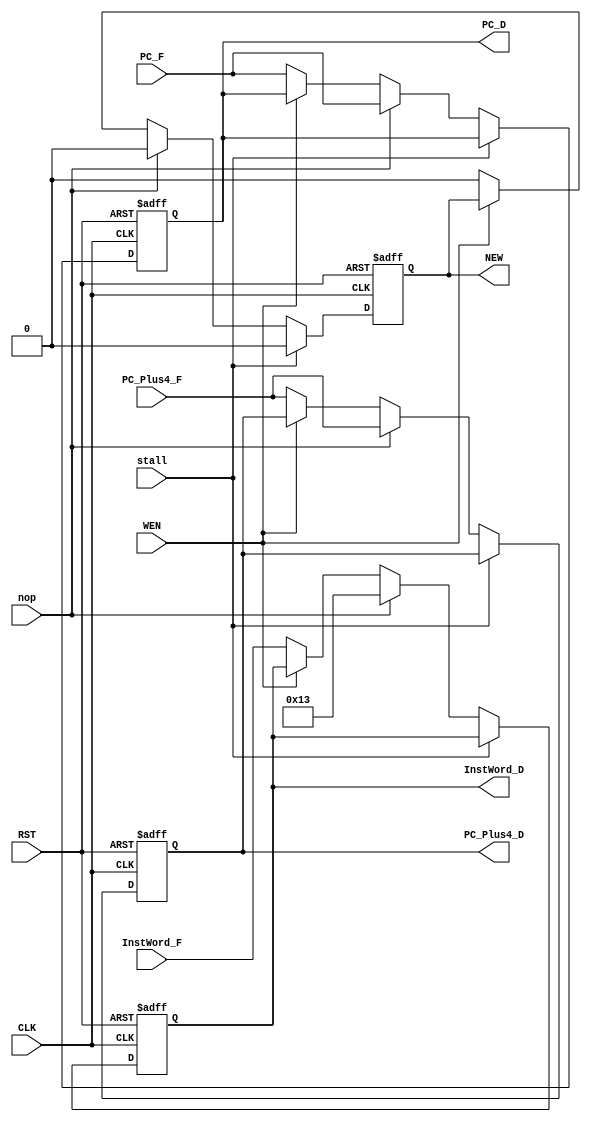
`define ALU_A_REG 1'b0
`define ALU_B_IMM 1'b1
`define WB_ALU 2'b00
`define I_IMM 3'b001


// custom pipeline registers
// designed specifically to carry needed info between pipeline stages
module IF_ID_data_reg(WEN, CLK, RST, NEW, stall,
                        InstWord_F, InstWord_D, PC_F, PC_D, 
                        PC_Plus4_F, PC_Plus4_D, nop);
    input WEN, CLK, RST;
    output reg NEW;
    input [31:0] InstWord_F;
    output reg [31:0] InstWord_D;
    input [31:0] PC_F;
    output reg [31:0] PC_D;
    input [31:0] PC_Plus4_F;
    output reg [31:0] PC_Plus4_D;

    input stall;
    input nop;

    always @ (negedge CLK or negedge RST)
        if (!RST) begin
            // set all out vals to 0
            InstWord_D <= 32'b0;
            PC_D <= 32'b0;
            PC_Plus4_D <= 32'b0;
            // if just reset, this program is NEW
            NEW <= 1'b1;
        end else if (stall) begin
            // maintain the same signal but with "stalled" output
            InstWord_D <= InstWord_D;
            PC_D <= PC_D;
            PC_Plus4_D <= PC_Plus4_D;
            NEW <= 1'b0;
        end else if (nop) begin
            // set value to nop
            InstWord_D <= 32'h13;
            PC_D <= PC_F;
            PC_Plus4_D <= PC_Plus4_F;
            // not reset, not new
            NEW <= 1'b0;
        end
        else if (!WEN) begin
            // set all out vals to in vals
            InstWord_D <= InstWord_F;
            PC_D <= PC_F;
            PC_Plus4_D <= PC_Plus4_F;
            // if not just reset, this program is not NEW
            NEW <= 1'b0;
        end 
endmodule

module ID_EX_data_reg(WEN, CLK, RST, InstWord_D, InstWord_E, PC_D, PC_E, PC_Plus4_D, PC_Plus4_E, 
                        RegAData_D, RegAData_E, RegBData_D, RegBData_E, 
                        
                        Immediate_D, Immediate_E,
                        
                        Rdst_D, Rdst_E,
                        stall, nop);
    input WEN, CLK, RST;

    input [31:0] Immediate_D;
    output reg [31:0] Immediate_E;

    input [31:0] InstWord_D, PC_D, PC_Plus4_D;
    output reg [31:0] InstWord_E, PC_E, PC_Plus4_E;
    input [31:0] RegAData_D, RegBData_D;
    output reg [31:0] RegAData_E, RegBData_E;
    input [4:0] Rdst_D;
    output reg [4:0] Rdst_E;

    input nop, stall;

    always @ (negedge CLK or negedge RST)
        if (!RST) begin
            // set all vals to 0
            InstWord_E <= 32'b0;
            PC_E <= 32'b0;
            PC_Plus4_E <= 32'b0;
            RegAData_E <= 32'b0;
            RegBData_E <= 32'b0;
            Rdst_E <= 5'b0;

            Immediate_E <= 32'b0;

        end else if (stall) begin
            // maintain the same signal but with "stalled" output
            InstWord_E <= InstWord_E;
            PC_E <= PC_E;
            PC_Plus4_E <= PC_Plus4_E;
            RegAData_E <= RegAData_E;
            RegBData_E <= RegBData_E;
            Rdst_E <= Rdst_E;

            Immediate_E <= Immediate_E;

        end else if (nop) begin
            // set value to nop
            InstWord_E <= 32'h13;
            PC_E <= PC_D;
            PC_Plus4_E <= PC_Plus4_D;
            RegAData_E <= 32'b0;
            RegBData_E <= 32'b0;
            Rdst_E <= 5'b0; 

            Immediate_E <= 32'b0;

        end
        else if (!WEN) begin
            // write all in values to outs
            InstWord_E <= InstWord_D;
            PC_E <= PC_D;
            PC_Plus4_E <= PC_Plus4_D;
            RegAData_E <= RegAData_D;
            RegBData_E <= RegBData_D;
            Rdst_E <= Rdst_D;

            Immediate_E <= Immediate_D;
            
        end
endmodule

module ID_EX_ctrl_reg(WEN, CLK, RST, ALUsrcA_D, ALUsrcB_D, WBSel_D, ImmSel_D, 
                        MemWrEn_D, RegWrEn_D, LoadType_D, MemSize_D, 
                        ALUsrcA_E, ALUsrcB_E, WBSel_E, ImmSel_E, 
                        MemWrEn_E, RegWrEn_E, LoadType_E, MemSize_E,
                        halt_D, halt_E,
                        NEW_IN, NEW_OUT,
                        nop, stall);
    input WEN, CLK, RST; 
    input ALUsrcA_D, ALUsrcB_D;
    output reg ALUsrcA_E, ALUsrcB_E;
    input MemWrEn_D, RegWrEn_D;
    output reg MemWrEn_E, RegWrEn_E;
    input [1:0] WBSel_D, MemSize_D;
    output reg [1:0] WBSel_E, MemSize_E;
    input [2:0] ImmSel_D, LoadType_D;
    output reg [2:0] ImmSel_E, LoadType_E;
    input halt_D;
    output reg halt_E;
    input NEW_IN;
    output reg NEW_OUT;

    input nop, stall;

    always @ (negedge CLK or negedge RST)
        if(!RST) begin
            // set all vals to 0
            ALUsrcA_E <= 1'b0;
            ALUsrcB_E <= 1'b0;
            WBSel_E <= 2'b0;
            ImmSel_E <= 3'b0;
            MemWrEn_E <= 1'b0;
            RegWrEn_E <= 1'b0;
            LoadType_E <= 3'b0;
            MemSize_E <= 2'b0;
            halt_E <= 1'b0;
            // if just reset, this program is NEW
            NEW_OUT <= 1'b1;
        end else if (stall) begin
            // maintain the same signal but with "stalled" output
            ALUsrcA_E <= ALUsrcA_E;
            ALUsrcB_E <= ALUsrcB_E; 
            WBSel_E <= WBSel_E;
            ImmSel_E <= ImmSel_E;
            MemWrEn_E <= MemWrEn_E;
            RegWrEn_E <= RegWrEn_E;
            LoadType_E <= LoadType_E;
            MemSize_E <= MemSize_E;
            halt_E <= halt_E;
            NEW_OUT <= NEW_IN;
        end else if (nop) begin
            // set value to nop
            ALUsrcA_E <= `ALU_A_REG; // 0 cause add
            ALUsrcB_E <= `ALU_B_IMM; // imm cause addi
            WBSel_E <= `WB_ALU;
            ImmSel_E <= `I_IMM;
            MemWrEn_E <= 1'b1;
            RegWrEn_E <= 1'b1;
            LoadType_E <= LoadType_D;
            MemSize_E <= MemSize_D;
            halt_E <= 1'b0;
            // if not just reset, this program is not NEW
            NEW_OUT <= NEW_IN;
        end else if (!WEN) begin
            // write all in values to outs
            ALUsrcA_E <= ALUsrcA_D;
            ALUsrcB_E <= ALUsrcB_D;
            WBSel_E <= WBSel_D;
            ImmSel_E <= ImmSel_D;
            MemWrEn_E <= MemWrEn_D;
            RegWrEn_E <= RegWrEn_D;
            LoadType_E <= LoadType_D;
            MemSize_E <= MemSize_D;
            halt_E <= halt_D;
            // if not just reset, this program is not NEW
            NEW_OUT <= NEW_IN;
        end
endmodule

module EX_MEM_data_reg(WEN, CLK, RST, NEW, ALUresult_E, RegBData_E, Immediate_E, PC_Plus4_E, Rdst_E, InstWord_E,
                        ALUresult_M, RegBData_M, Immediate_M, PC_Plus4_M, Rdst_M, InstWord_M,
                        nop);
    input WEN, CLK, RST;
    output reg NEW;
    input [31:0] ALUresult_E, RegBData_E, PC_Plus4_E, Immediate_E;
    output reg [31:0] ALUresult_M, RegBData_M, PC_Plus4_M, Immediate_M;
    input [4:0] Rdst_E;
    output reg [4:0] Rdst_M;
    input [31:0] InstWord_E;
    output reg [31:0] InstWord_M;
    inout nop;

    always @ (negedge CLK or negedge RST)
        if (!RST) begin
            // set all vals to 0
            ALUresult_M <= 32'b0;
            RegBData_M <= 32'b0;
            PC_Plus4_M <= 32'b0;
            Rdst_M <= 5'b0;
            InstWord_M <= 32'b0;
            Immediate_M <= 32'b0;
            // if just reset, this program is NEW
            NEW <= 1'b1;
        end else if (nop) begin
            // set value to nop
            ALUresult_M <= 32'b0;
            RegBData_M <= 32'b0;
            PC_Plus4_M <= 32'b0;
            Rdst_M <= 5'b0;
            InstWord_M <= 32'h13;
            Immediate_M <= 32'b0;
            // if not just reset, this program is not NEW
            NEW <= 1'b0;
        end else if (!WEN) begin
            // write all in values to outs
            ALUresult_M <= ALUresult_E;
            RegBData_M <= RegBData_E;
            PC_Plus4_M <= PC_Plus4_E;
            Rdst_M <= Rdst_E;
            InstWord_M <= InstWord_E;
            Immediate_M <= Immediate_E;
            // if not just reset, this program is not NEW
            NEW <= 1'b0;
        end 
endmodule

module EX_MEM_ctrl_reg(WEN, CLK, RST, MemWrEn_E, RegWrEn_E, WBSel_E, LoadType_E, MemSize_E, 
                        MemWrEn_M, RegWrEn_M, WBSel_M, LoadType_M, MemSize_M,
                        halt_E, halt_M, nop,
                        NEW_IN, NEW_OUT);
    input WEN, CLK, RST;
    input MemWrEn_E, RegWrEn_E;
    output reg MemWrEn_M, RegWrEn_M;
    input [1:0] WBSel_E, MemSize_E;
    output reg [1:0] WBSel_M, MemSize_M;
    input [2:0] LoadType_E;
    output reg [2:0] LoadType_M;
    input halt_E;
    output reg halt_M;
    input NEW_IN;
    output reg NEW_OUT;
    input nop;

    always @ (negedge CLK or negedge RST)
        if (!RST) begin
            // set all vals to 0
            MemWrEn_M <= 1'b0;
            RegWrEn_M <= 1'b0;
            WBSel_M <= 2'b0;
            LoadType_M <= 3'b0;
            MemSize_M <= 2'b0;
            halt_M <= 1'b0;
            // if just reset, this program is NEW
            NEW_OUT <= 1'b1;
        end else if (nop) begin
            // set value to nop
            MemWrEn_M <= 1'b1;
            RegWrEn_M <= 1'b1;
            WBSel_M <= 2'b0;
            LoadType_M <= 3'b0;
            MemSize_M <= 2'b0;
            halt_M <= 1'b0;
            // if not just reset, this program is not NEW
            NEW_OUT <= NEW_IN;
        end else if (!WEN) begin
            // write all in values to outs
            MemWrEn_M <= MemWrEn_E;
            RegWrEn_M <= RegWrEn_E;
            WBSel_M <= WBSel_E;
            LoadType_M <= LoadType_E;
            MemSize_M <= MemSize_E;
            halt_M <= halt_E;
            // if not just reset, this program is not NEW
            NEW_OUT <= NEW_IN;
        end
endmodule

module MEM_WB_data_reg(WEN, CLK, RST, ALUresult_M, MemReadData_M, Immediate_M, PC_Plus4_M, Rdst_M, 
                        ALUresult_W, MemReadData_W, Immediate_W, PC_Plus4_W, Rdst_W);
    input WEN, CLK, RST;
    input [31:0] ALUresult_M, MemReadData_M, Immediate_M, PC_Plus4_M;
    output reg [31:0] ALUresult_W, MemReadData_W, Immediate_W, PC_Plus4_W;
    input [4:0] Rdst_M;
    output reg [4:0] Rdst_W;

    always @ (negedge CLK or negedge RST)
        if (!RST) begin
            // set all vals to 0
            ALUresult_W <= 32'b0;
            MemReadData_W <= 32'b0;
            PC_Plus4_W <= 32'b0;
            Immediate_W <= 32'b0;
            Rdst_W <= 5'b0;
        end else if (!WEN) begin
            // write all in values to outs
            ALUresult_W <= ALUresult_M;
            MemReadData_W <= MemReadData_M;
            PC_Plus4_W <= PC_Plus4_M;
            Immediate_W <= Immediate_M;
            Rdst_W <= Rdst_M;
        end 
endmodule

module MEM_WB_ctrl_reg(WEN, CLK, RST, RegWrEn_M, WBSel_M, 
                        RegWrEn_W, WBSel_W,
                        halt_M, halt_W,  
                        NEW_IN, NEW_OUT);
    input WEN, CLK, RST;
    input RegWrEn_M;
    output reg RegWrEn_W;
    input [1:0] WBSel_M;
    output reg [1:0] WBSel_W;
    input halt_M;
    output reg halt_W;
    input NEW_IN;
    output reg NEW_OUT;

    always @ (negedge CLK or negedge RST)
        if (!RST) begin
            // set all vals to 0
            RegWrEn_W <= 1'b0;
            WBSel_W <= 2'b0;
            halt_W <= 1'b0;
            // if just reset, this program is NEW
            NEW_OUT <= 1'b1;
        end else if (!WEN) begin
            // write all in values to outs
            RegWrEn_W <= RegWrEn_M; 
            WBSel_W <= WBSel_M;
            halt_W <= halt_M;
            // if not just reset, this program is not NEW
            NEW_OUT <= NEW_IN;
        end
endmodule